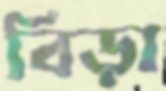
বিড়া